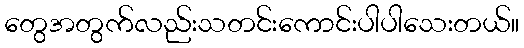
တွေအတွက်လည်းသတင်းကောင်းပါပါသေးတယ်။